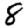
Digit: 8